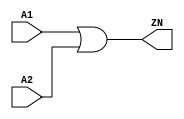
module OR2_X2 (A1, A2, ZN);
  input A1;
  input A2;
  output ZN;

  or(ZN, A1, A2);


endmodule